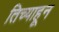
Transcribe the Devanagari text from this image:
तिच्याहून